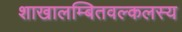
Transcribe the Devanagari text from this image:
शाखालम्बितवल्कलस्य